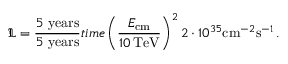
\displaystyle \mathfrak { L } = \frac { 5 ~ \mathrm { { y e a r s } } } { 5 ~ \mathrm { { y e a r s } } } { { t i m e } } \left( \frac { E _ { \mathrm { { c m } } } } { 1 0 \, \mathrm { { T e V } } } \right) ^ { 2 } 2 \cdot 1 0 ^ { 3 5 } \mathrm { { c m } } ^ { - 2 } \mathrm { { s } } ^ { - 1 } \, .